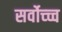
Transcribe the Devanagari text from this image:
सर्वोच्च्च